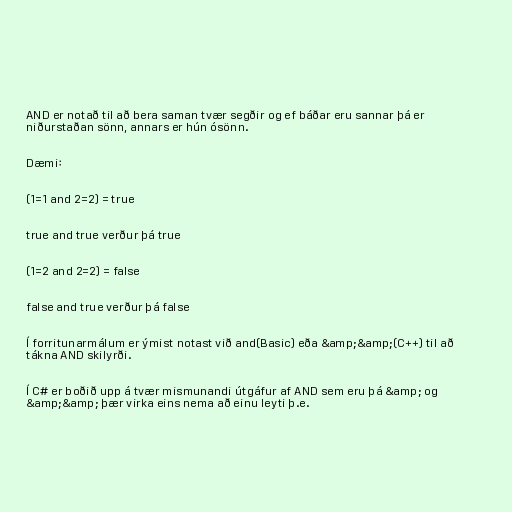
AND er notað til að bera saman tvær segðir og ef báðar eru sannar þá er
niðurstaðan sönn, annars er hún ósönn.

Dæmi:

(1=1 and 2=2) = true

true and true verður þá true

(1=2 and 2=2) = false

false and true verður þá false

Í forritunarmálum er ýmist notast við and(Basic) eða &amp;&amp;(C++) til að
tákna AND skilyrði.

Í C# er boðið upp á tvær mismunandi útgáfur af AND sem eru þá &amp; og
&amp;&amp; þær virka eins nema að einu leyti þ.e.